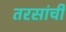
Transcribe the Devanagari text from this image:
तरसांची